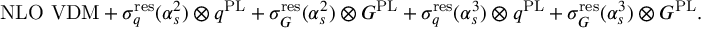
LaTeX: \mathrm { N L O ~ V D M } + \sigma _ { q } ^ { \mathrm { r e s } } ( \alpha _ { s } ^ { 2 } ) \otimes q ^ { \mathrm { P L } } + \sigma _ { G } ^ { \mathrm { r e s } } ( \alpha _ { s } ^ { 2 } ) \otimes G ^ { \mathrm { P L } } + \sigma _ { q } ^ { \mathrm { r e s } } ( \alpha _ { s } ^ { 3 } ) \otimes q ^ { \mathrm { P L } } + \sigma _ { G } ^ { \mathrm { r e s } } ( \alpha _ { s } ^ { 3 } ) \otimes G ^ { \mathrm { P L } } .